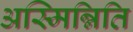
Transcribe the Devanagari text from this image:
अस्मिन्निति